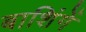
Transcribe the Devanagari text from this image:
बाशिंगें